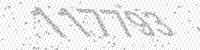
Solution: 117793